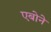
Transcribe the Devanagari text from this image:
एबोने